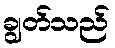
ချွတ်သည်